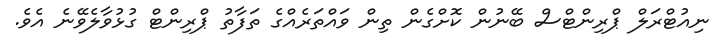
ނިއުޓްރަލް ޕްރިންޓްސް ބޭނުން ކޮށްގެން ތިން ވައްތަރެއްގެ ތަފާތު ޕްރިންޓް ގުޅުވާލެވޭނެ އެވެ.